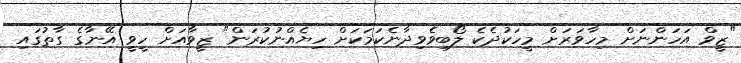
"ޒީވް އަހަންނަށް މިހާވަރަށް މީހަކުދެކެ ލޯބިވެވިދާނެކަމަކަށް ހިޔެއްނުކުރަން" ޒީވާއަށް ހީވީ އޭނާގެ ގާތުގައި